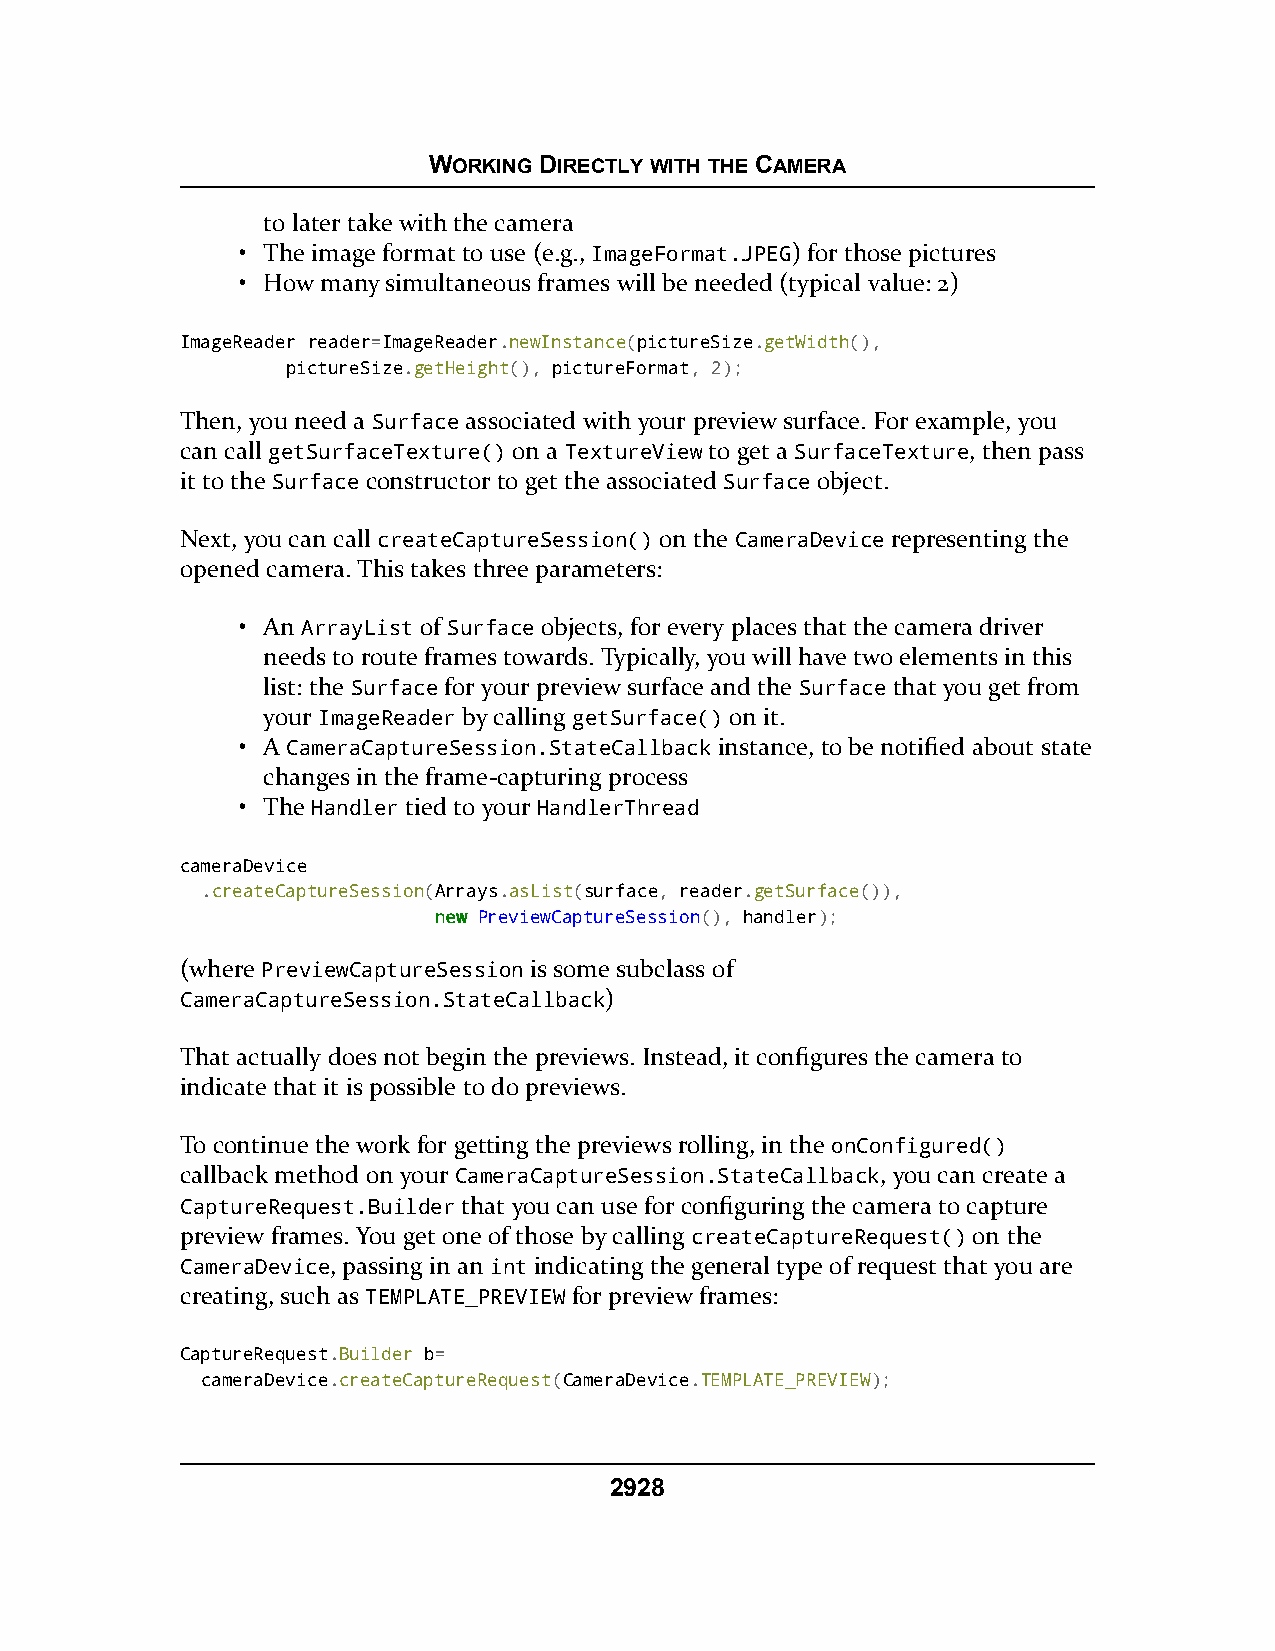
WORKING DIRECTLY WITH THE CAMERA
 to later take with the camera
 • The image format to use (e.g., ImageFormat.JPEG) for those pictures
 • How many simultaneous frames will be needed (typical value: 2)
 ImageReader reader=ImageReader.newInstance(pictureSize.getWidth(),
 pictureSize.getHeight(), pictureFormat, 2);
 Then, you need a Surface associated with your preview surface. For example, you
 can call getSurfaceTexture() on a TextureView to get a SurfaceTexture, then pass
 it to the Surface constructor to get the associated Surface object.
 Next, you can call createCaptureSession() on the CameraDevice representing the
 opened camera. This takes three parameters:
 • An ArrayList of Surface objects, for every places that the camera driver
 needs to route frames towards. Typically, you will have two elements in this
 list: the Surface for your preview surface and the Surface that you get from
 your ImageReader by calling getSurface() on it.
 • A CameraCaptureSession.StateCallback instance, to be notified about state
 changes in the frame-capturing process
 • The Handler tied to your HandlerThread
 cameraDevice
 .createCaptureSession(Arrays.asList(surface, reader.getSurface()),
 nneeww PreviewCaptureSession(), handler);
 (where PreviewCaptureSession is some subclass of
 CameraCaptureSession.StateCallback)
 That actually does not begin the previews. Instead, it configures the camera to
 indicate that it is possible to do previews.
 To continue the work for getting the previews rolling, in the onConfigured()
 callback method on your CameraCaptureSession.StateCallback, you can create a
 CaptureRequest.Builder that you can use for configuring the camera to capture
 preview frames. You get one of those by calling createCaptureRequest() on the
 CameraDevice, passing in an int indicating the general type of request that you are
 creating, such as TEMPLATE_PREVIEW for preview frames:
 CaptureRequest.Builder b=
 cameraDevice.createCaptureRequest(CameraDevice.TEMPLATE_PREVIEW);
 2928